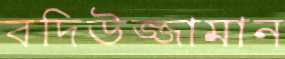
বদিউজ্জামান